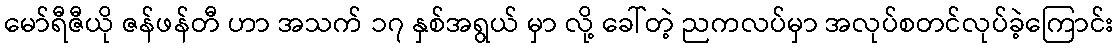
မော်ရီဇီယို ဇန်ဖန်တီ ဟာ အသက် ၁၇ နှစ်အရွယ် မှာ လို့ ခေါ်တဲ့ ညကလပ်မှာ အလုပ်စတင်လုပ်ခဲ့ကြောင်း